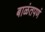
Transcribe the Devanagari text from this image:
बाळंतपणं